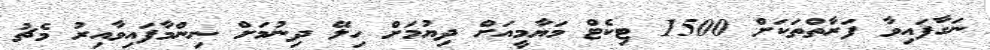
ނަގާފައިވާ ފަރާތްތަކަށް 1500 ޓިކެޓް މަޔާމީއަށް ދިޔުމަށް ހިލޭ ދިނުމަށް ނިންމާފައިވާއިރު މެޗު